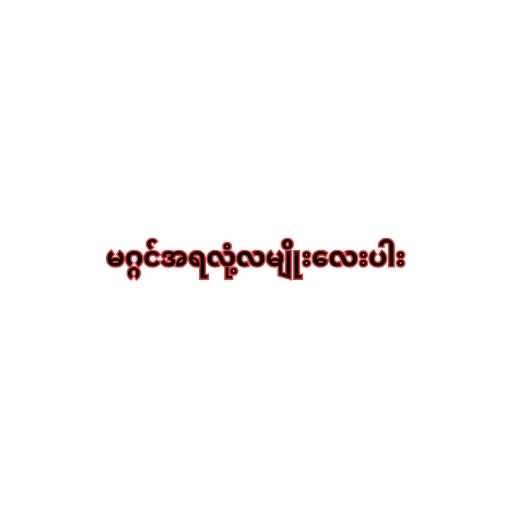
မဂ္ဂင်အရလုံ့လမျိုးလေးပါး